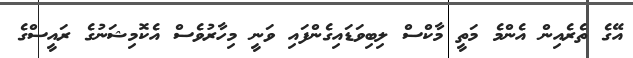
އޭގެ ތެރެއިން އެންމެ މަތީ މާކްސް ލިބިވަޑައިގެންފައި ވަނީ މިހާރުވެސް އެކޮމިޝަނުގެ ރައީސްގެ